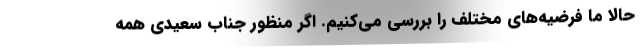
حالا ما فرضیه‌های مختلف را بررسی می‌کنیم. اگر منظور جناب سعیدی همه